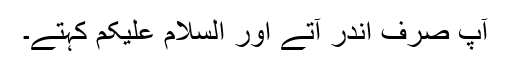
آپؐ صرف اندر آتے اور السلام علیکم کہتے۔